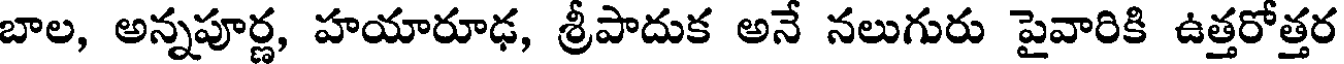
బాల, అన్నపూర్ణ, హయారూఢ, శ్రీపాదుక అనే నలుగురు పైవారికి ఉత్తరోత్తర